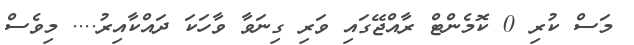
މަސް ކުރި 0 ކޮމެންޓް ރާއްޖޭގައި ވަރި ގިނަވާ ވާހަކަ ދައްކާއިރު.... މިވެސް